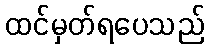
ထင်မှတ်ရပေသည်